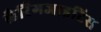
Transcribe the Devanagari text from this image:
लैरिंगजाइटिस